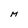
Character: M